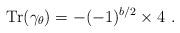
LaTeX: \begin{align*}{\rm Tr}(\gamma_\theta)=-(-1)^{b/2}\times 4~.\end{align*}